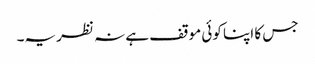
جس کا اپنا کوئی موقف ہے نہ نظریہ۔